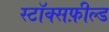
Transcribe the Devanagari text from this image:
स्टॉक्सफ़ील्ड